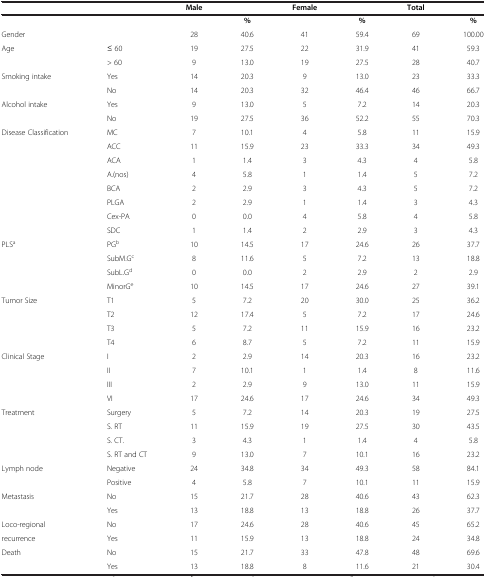
<table><thead><tr><td><b> </b></td><td><b> </b></td><td><b>Male</b></td><td><b> </b></td><td><b>Female</b></td><td><b> </b></td><td><b>Total</b></td><td><b> </b></td></tr></thead><tbody><tr><td> </td><td> </td><td> </td><td><b>%</b></td><td> </td><td><b>%</b></td><td> </td><td><b>%</b></td></tr><tr><td>Gender</td><td> </td><td>28</td><td>40.6</td><td>41</td><td>59.4</td><td>69</td><td>100.00</td></tr><tr><td>Age</td><td>≤ 60</td><td>19</td><td>27.5</td><td>22</td><td>31.9</td><td>41</td><td>59.3</td></tr><tr><td> </td><td>&gt; 60</td><td>9</td><td>13.0</td><td>19</td><td>27.5</td><td>28</td><td>40.7</td></tr><tr><td>Smoking intake</td><td>Yes</td><td>14</td><td>20.3</td><td>9</td><td>13.0</td><td>23</td><td>33.3</td></tr><tr><td> </td><td>No</td><td>14</td><td>20.3</td><td>32</td><td>46.4</td><td>46</td><td>66.7</td></tr><tr><td>Alcohol intake</td><td>Yes</td><td>9</td><td>13.0</td><td>5</td><td>7.2</td><td>14</td><td>20.3</td></tr><tr><td> </td><td>No</td><td>19</td><td>27.5</td><td>36</td><td>52.2</td><td>55</td><td>70.3</td></tr><tr><td>Disease Classification</td><td>MC</td><td>7</td><td>10.1</td><td>4</td><td>5.8</td><td>11</td><td>15.9</td></tr><tr><td> </td><td>ACC</td><td>11</td><td>15.9</td><td>23</td><td>33.3</td><td>34</td><td>49.3</td></tr><tr><td> </td><td>ACA</td><td>1</td><td>1.4</td><td>3</td><td>4.3</td><td>4</td><td>5.8</td></tr><tr><td> </td><td>A.(nos)</td><td>4</td><td>5.8</td><td>1</td><td>1.4</td><td>5</td><td>7.2</td></tr><tr><td> </td><td>BCA</td><td>2</td><td>2.9</td><td>3</td><td>4.3</td><td>5</td><td>7.2</td></tr><tr><td> </td><td>PLGA</td><td>2</td><td>2.9</td><td>1</td><td>1.4</td><td>3</td><td>4.3</td></tr><tr><td> </td><td>Cex-PA</td><td>0</td><td>0.0</td><td>4</td><td>5.8</td><td>4</td><td>5.8</td></tr><tr><td> </td><td>SDC</td><td>1</td><td>1.4</td><td>2</td><td>2.9</td><td>3</td><td>4.3</td></tr><tr><td>PLS<sup>a</sup></td><td>PG<sup>b</sup></td><td>10</td><td>14.5</td><td>17</td><td>24.6</td><td>26</td><td>37.7</td></tr><tr><td> </td><td>SubM.G<sup>c</sup></td><td>8</td><td>11.6</td><td>5</td><td>7.2</td><td>13</td><td>18.8</td></tr><tr><td> </td><td>SubL.G<sup>d</sup></td><td>0</td><td>0.0</td><td>2</td><td>2.9</td><td>2</td><td>2.9</td></tr><tr><td> </td><td>MinorG<sup>e</sup></td><td>10</td><td>14.5</td><td>17</td><td>24.6</td><td>27</td><td>39.1</td></tr><tr><td>Tumor Size</td><td>T1</td><td>5</td><td>7.2</td><td>20</td><td>30.0</td><td>25</td><td>36.2</td></tr><tr><td> </td><td>T2</td><td>12</td><td>17.4</td><td>5</td><td>7.2</td><td>17</td><td>24.6</td></tr><tr><td> </td><td>T3</td><td>5</td><td>7.2</td><td>11</td><td>15.9</td><td>16</td><td>23.2</td></tr><tr><td> </td><td>T4</td><td>6</td><td>8.7</td><td>5</td><td>7.2</td><td>11</td><td>15.9</td></tr><tr><td>Clinical Stage</td><td>I</td><td>2</td><td>2.9</td><td>14</td><td>20.3</td><td>16</td><td>23.2</td></tr><tr><td> </td><td>II</td><td>7</td><td>10.1</td><td>1</td><td>1.4</td><td>8</td><td>11.6</td></tr><tr><td> </td><td>III</td><td>2</td><td>2.9</td><td>9</td><td>13.0</td><td>11</td><td>15.9</td></tr><tr><td> </td><td>VI</td><td>17</td><td>24.6</td><td>17</td><td>24.6</td><td>34</td><td>49.3</td></tr><tr><td>Treatment</td><td>Surgery</td><td>5</td><td>7.2</td><td>14</td><td>20.3</td><td>19</td><td>27.5</td></tr><tr><td> </td><td>S. RT</td><td>11</td><td>15.9</td><td>19</td><td>27.5</td><td>30</td><td>43.5</td></tr><tr><td> </td><td>S. CT.</td><td>3</td><td>4.3</td><td>1</td><td>1.4</td><td>4</td><td>5.8</td></tr><tr><td> </td><td>S. RT and CT</td><td>9</td><td>13.0</td><td>7</td><td>10.1</td><td>16</td><td>23.2</td></tr><tr><td>Lymph node</td><td>Negative</td><td>24</td><td>34.8</td><td>34</td><td>49.3</td><td>58</td><td>84.1</td></tr><tr><td> </td><td>Positive</td><td>4</td><td>5.8</td><td>7</td><td>10.1</td><td>11</td><td>15.9</td></tr><tr><td>Metastasis</td><td>No</td><td>15</td><td>21.7</td><td>28</td><td>40.6</td><td>43</td><td>62.3</td></tr><tr><td> </td><td>Yes</td><td>13</td><td>18.8</td><td>13</td><td>18.8</td><td>26</td><td>37.7</td></tr><tr><td>Loco-regional</td><td>No</td><td>17</td><td>24.6</td><td>28</td><td>40.6</td><td>45</td><td>65.2</td></tr><tr><td>recurrence</td><td>Yes</td><td>11</td><td>15.9</td><td>13</td><td>18.8</td><td>24</td><td>34.8</td></tr><tr><td>Death</td><td>No</td><td>15</td><td>21.7</td><td>33</td><td>47.8</td><td>48</td><td>69.6</td></tr><tr><td> </td><td>Yes</td><td>13</td><td>18.8</td><td>8</td><td>11.6</td><td>21</td><td>30.4</td></tr></tbody></table>